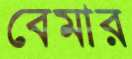
বেমার